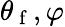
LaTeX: \theta_{\mathrm{~f~}},\varphi